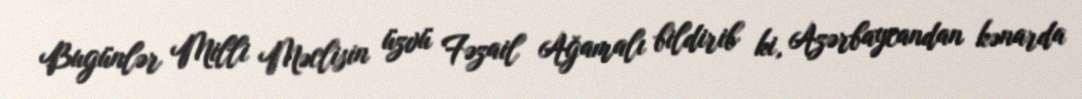
Bugünlər Milli Məclisin üzvü Fəzail Ağamalı bildirib ki, Azərbaycandan kənarda